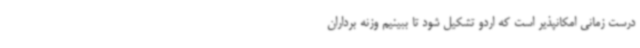
درست زمانی امکانپذیر است که اردو تشکیل شود تا ببینیم وزنه برداران